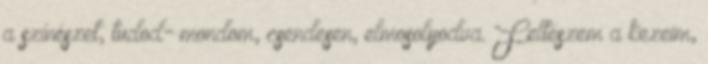
a színészet, tudod- mondom, csendesen, elmosolyodva. Felteszem a kezeim,